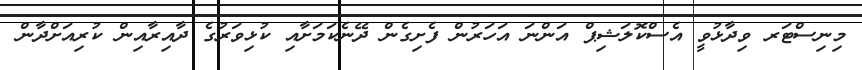
މިނިސްޓަރ ވިދާޅުވީ އެސްކޮލަޝިޕް އަންނަ އަހަރުން ފެށިގެން ދޭނެކަމަށާއި ކުޅިވަރުގެ ދާއިރާއިން ކުރިއަށްދާން